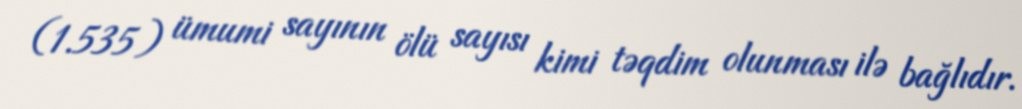
(1.535) ümumi sayının ölü sayısı kimi təqdim olunması ilə bağlıdır.